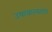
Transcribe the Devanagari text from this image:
उषाकल्याण